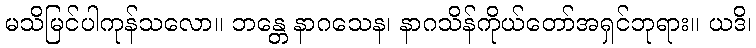
မသိမြင်ပါကုန်သလော။ ဘန္တေ နာဂသေန၊ နာဂသိန်ကိုယ်တော်အရှင်ဘုရား။ ယဒိ၊